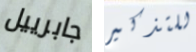
جابرييل للتذكير